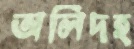
অলিদহ